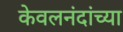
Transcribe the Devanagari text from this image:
केवलनंदांच्या